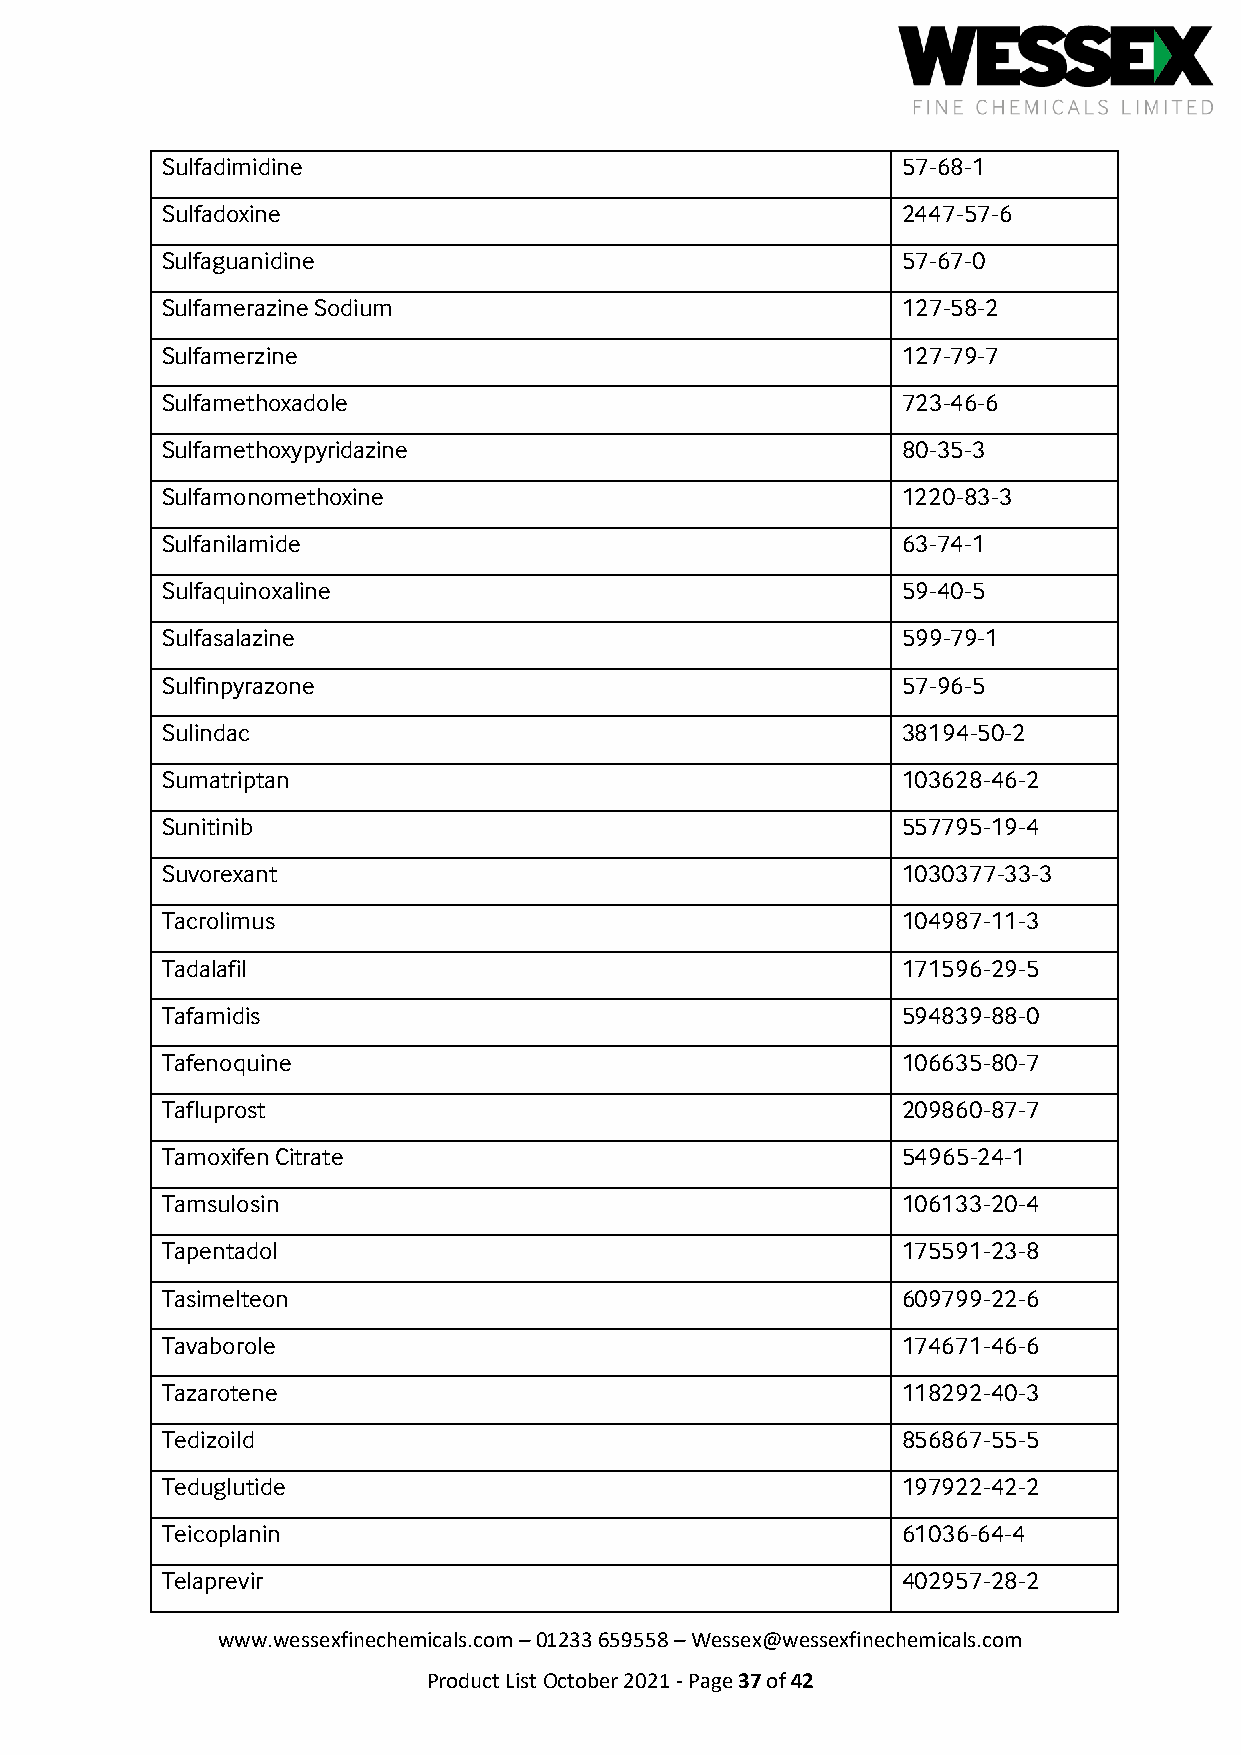
Sulfadimidine                                    57-68-1
 Sulfadoxine                                      2447-57-6
 Sulfaguanidine                                   57-67-0
 Sulfamerazine Sodium                             127-58-2
 Sulfamerzine                                     127-79-7
 Sulfamethoxadole                                 723-46-6
 Sulfamethoxypyridazine                           80-35-3
 Sulfamonomethoxine                               1220-83-3
 Sulfanilamide                                    63-74-1
 Sulfaquinoxaline                                 59-40-5
 Sulfasalazine                                    599-79-1
 Sulfinpyrazone                                   57-96-5
 Sulindac                                         38194-50-2
 Sumatriptan                                      103628-46-2
 Sunitinib                                        557795-19-4
 Suvorexant                                       1030377-33-3
 Tacrolimus                                       104987-11-3
 Tadalafil                                        171596-29-5
 Tafamidis                                        594839-88-0
 Tafenoquine                                      106635-80-7
 Tafluprost                                       209860-87-7
 Tamoxifen Citrate                                54965-24-1
 Tamsulosin                                       106133-20-4
 Tapentadol                                       175591-23-8
 Tasimelteon                                      609799-22-6
 Tavaborole                                       174671-46-6
 Tazarotene                                       118292-40-3
 Tedizoild                                        856867-55-5
 Teduglutide                                      197922-42-2
 Teicoplanin                                      61036-64-4
 Telaprevir                                       402957-28-2
 www.wessexfinechemicals.com – 01233 659558 – Wessex@wessexfinechemicals.com
 Product List October 2021 - Page 37 of 42